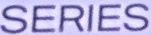
SERIES